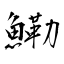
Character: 鰳